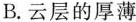
B. 云层的厚薄